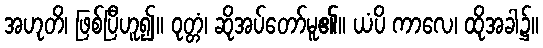
အဟုတိ၊ ဖြစ်ပြီဟူ၍။ ဝုတ္တံ၊ ဆိုအပ်တော်မူ၏။ ယံပိ ကာလေ၊ ထိုအခါ၌။